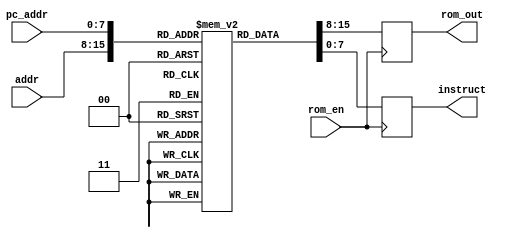
// This program was cloned from: https://github.com/buttfa/8_bits_cpu
// License: MIT License

`timescale 1ns / 1ps
//////////////////////////////////////////////////////////////////////////////////
// Company: 
// Engineer: 
// 
// Design Name: 
// Module Name: rom
// Project Name: 
// Target Devices: 
// Tool Versions: 
// Description: 
// 
// Dependencies: 
// 
// Revision:
// Revision 0.01 - File Created
// Additional Comments:
// 
//////////////////////////////////////////////////////////////////////////////////

// ROM
module rom(
        input rom_en, // rom
        input [7:0] addr, // 
        input [7:0] pc_addr, // PC

        output reg [7:0] rom_out, // 
        output reg [7:0] instruct // pc_addr
    );

    // 8x256=2048(bits)=256(bytes)
    reg  [7:0] rom [255:0];

    initial begin
        rom[0]  = 8'b0000_0000; // NOP
        
        rom[1]  = 8'b1100_0001; // ADDI 1
        rom[2]  = 8'b0000_0001;

        rom[3]  = 8'b1010_0000;  //LDM reg[0]

        rom[4] = 8'b0101_0001; // LDO reg[1], rom[22]
        rom[5] = 8'd22;

        rom[6]  = 8'b1100_0001; // ADDI 4
        rom[7]  = 8'b0000_0100;

        rom[8]  = 8'b1110_0000; // LS reg[0]

        rom[9]  = 8'b1111_0000; // RS reg[0]

        rom[10]  = 8'b0101_0000; // LDO reg[0],rom[22]
        rom[11]  = 8'd22;

        rom[12]  = 8'b1101_0000; // ADD reg[0],ac = ac + reg[0]

        rom[13]  = 8'b1100_0000; // CPL, ac = ~ac
        rom[14]  = 8'b0000_0000;

        rom[15]  = 8'b0001_0000;  // B 8'd20
        rom[16]  = 8'd22;

        rom[17]  = 8'b0000_0000;
        rom[18]  = 8'b0000_0000;
        rom[19]  = 8'b0000_0000;

        rom[20]  = 8'b1100_0001; // ADDI 1
        rom[21]  = 8'b0000_0001;

        rom[22]  = 8'b0000_0010; // HALT, 2
        rom[23]  = 8'b0000_0000;
        // rom[22]  = 8'b1100_0000; // CPL, ac = ~ac
        // rom[23]  = 8'b0000_0000;
    end 

    // 
    always @(posedge rom_en) begin
        rom_out <= rom[addr];
        instruct <= rom[pc_addr];
    end
endmodule